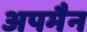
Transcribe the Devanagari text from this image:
अपमैन